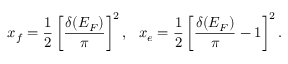
x _ { f } = { \frac { 1 } { 2 } } \left[ { \frac { \delta ( E _ { F } ) } { \pi } } \right] ^ { 2 } , \ \ x _ { e } = { \frac { 1 } { 2 } } \left[ { \frac { \delta ( E _ { F } ) } { \pi } } - 1 \right] ^ { 2 } .